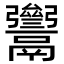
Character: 𩱥